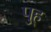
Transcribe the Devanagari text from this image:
पु्ह्